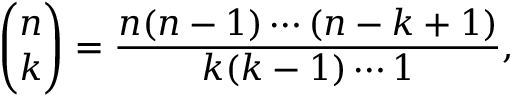
{ \binom { n } { k } } = { \frac { n ( n - 1 ) \dotsb ( n - k + 1 ) } { k ( k - 1 ) \dotsb 1 } } ,